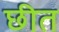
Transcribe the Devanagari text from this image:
छीत